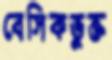
বেসিকভুক্ত